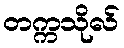
တက္ကသိုလ်